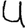
Digit: 4